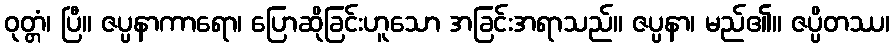
ဝုတ္တံ၊ ပြီ။ ဇပ္ပနာကာရော၊ ပြောဆိုခြင်းဟူသော အခြင်းအရာသည်။ ဇပ္ပနာ၊ မည်၏။ ဇပ္ပိတဿ၊